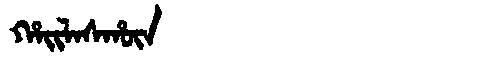
Manchu: ᡥᠠᡳᠯᠠᠰᡥᡡᠨ
Romanization: HAILASHŪN